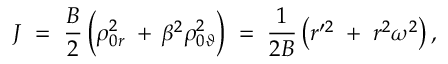
J \; = \; \frac { B } { 2 } \left( \rho _ { 0 r } ^ { 2 } \; + \frac { } { } \beta ^ { 2 } \rho _ { 0 \vartheta } ^ { 2 } \right) \; = \; \frac { 1 } { 2 B } \left( r ^ { \prime 2 } \; + \; r ^ { 2 } \omega ^ { 2 } \right) ,